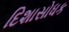
દિશાસોધક